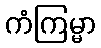
ကံကြမ္မာ